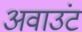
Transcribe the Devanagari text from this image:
अवाउंट